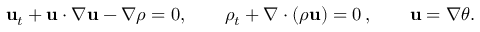
\mathbf { u } _ { t } + \mathbf { u } \cdot \nabla \mathbf { u } - \nabla \rho = 0 , \qquad \rho _ { t } + \nabla \cdot ( \rho \mathbf { u } ) = 0 \, , \qquad \mathbf { u } = \nabla \theta .